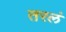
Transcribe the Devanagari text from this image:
तरलं